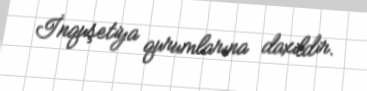
İnquşetiya qurumlarına daxildir.